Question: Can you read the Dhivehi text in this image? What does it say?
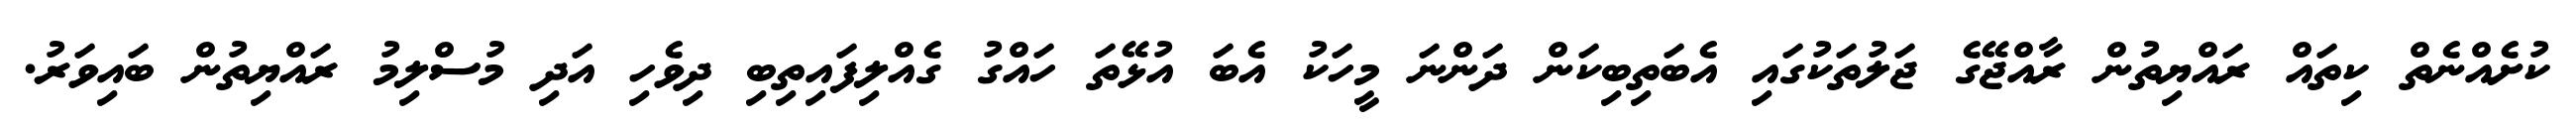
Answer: ކުށެއްނެތް ކިތައް ރައްޔިތުން ރާއްޖޭގެ ޖަލުތަކުގައި އެބަތިބިކަން ދަންނަ މީހަކު އެބަ އުޅޭތަ ހައްގު ގެއްލިފައިތިބި ދިވެހި އަދި މުސްލިމު ރައްޔިތުން ބައިވަރު.